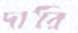
দারি